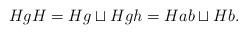
LaTeX: \begin{align*}HgH=Hg\sqcup Hgh=Hab\sqcup Hb.\end{align*}